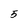
Character: 5